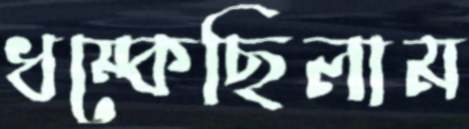
ধম্‌কেছিলাম